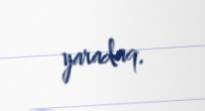
yaradaq.